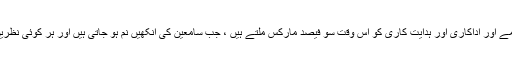
کہانی کا مرکزی خیال ، مکالمے اور اداکاری اور ہدایت کاری کو اس وقت سو فیصد مارکس ملتے ہیں ، جب سامعین کی آنکھیں نم ہو جاتی ہیں اور ہر کوئی نظریں چراتا ہوا محسوس ہوتا ہے ۔